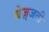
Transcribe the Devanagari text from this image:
बेज़्जती